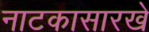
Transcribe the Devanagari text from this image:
नाटकासारखे